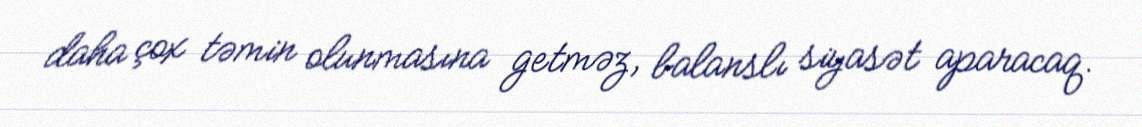
daha çox təmin olunmasına getməz, balanslı siyasət aparacaq.